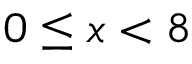
\ 0 \leq x < 8